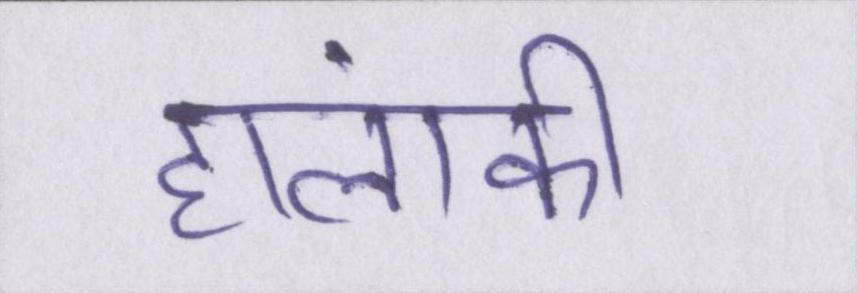
हालांकी